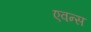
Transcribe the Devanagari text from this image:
एवन्स